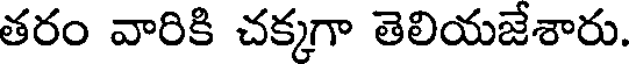
తరం వారికి చక్కగా తెలియజేశారు.